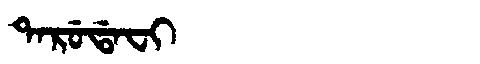
Manchu: ᡨᠠᡵᡠᡩᠠᠸᡳ
Romanization: TARUDAFI